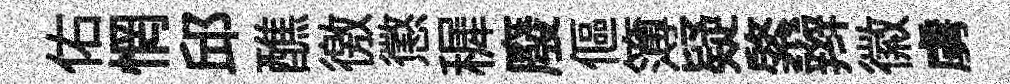
佑惘邱醮徼懲穉廢傴簿疑綮辫徽虜